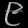
Digit: ၉